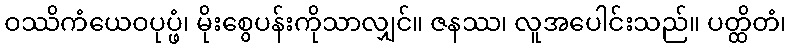
ဝဿိကံယေဝပုပ္ဖံ၊ မိုးစွေပန်းကိုသာလျှင်။ ဇနဿ၊ လူအပေါင်းသည်။ ပတ္ထိတံ၊